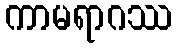
ကာမရာဂဿ